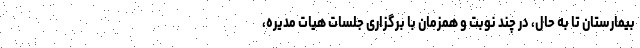
بیمارستان تا به حال، در چند نوبت و همزمان با برگزاری جلسات هیات مدیره،